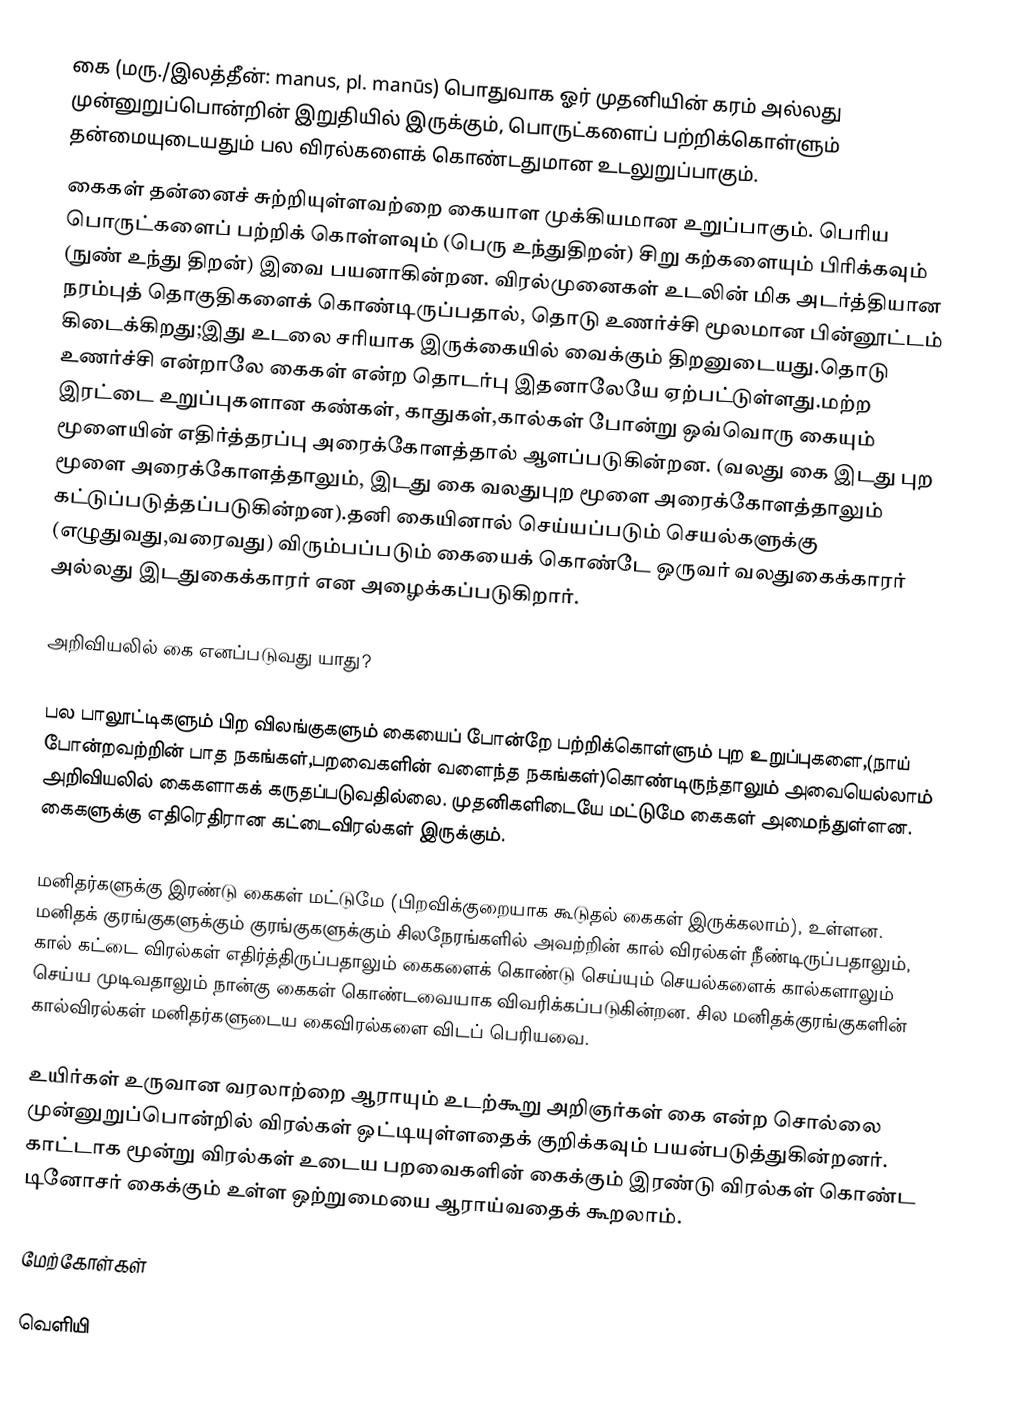
கை (மரு./இலத்தீன்: manus, pl. manūs) பொதுவாக ஓர் முதனியின் கரம் அல்லது முன்னுறுப்பொன்றின் இறுதியில் இருக்கும், பொருட்களைப் பற்றிக்கொள்ளும் தன்மையுடையதும் பல விரல்களைக் கொண்டதுமான உடலுறுப்பாகும்.
கைகள் தன்னைச் சுற்றியுள்ளவற்றை கையாள முக்கியமான உறுப்பாகும். பெரிய பொருட்களைப் பற்றிக் கொள்ளவும் (பெரு உந்துதிறன்) சிறு கற்களையும் பிரிக்கவும் (நுண் உந்து திறன்) இவை பயனாகின்றன. விரல்முனைகள் உடலின் மிக அடர்த்தியான நரம்புத் தொகுதிகளைக் கொண்டிருப்பதால், தொடு உணர்ச்சி மூலமான பின்னூட்டம் கிடைக்கிறது;இது உடலை சரியாக இருக்கையில் வைக்கும் திறனுடையது.தொடு உணர்ச்சி என்றாலே கைகள் என்ற தொடர்பு இதனாலேயே ஏற்பட்டுள்ளது.மற்ற இரட்டை உறுப்புகளான கண்கள், காதுகள்,கால்கள் போன்று ஒவ்வொரு கையும் மூளையின் எதிர்த்தரப்பு அரைக்கோளத்தால் ஆளப்படுகின்றன. (வலது கை இடது புற மூளை அரைக்கோளத்தாலும், இடது கை வலதுபுற மூளை அரைக்கோளத்தாலும் கட்டுப்படுத்தப்படுகின்றன).தனி கையினால் செய்யப்படும் செயல்களுக்கு (எழுதுவது,வரைவது) விரும்பப்படும் கையைக் கொண்டே ஒருவர் வலதுகைக்காரர் அல்லது இடதுகைக்காரர் என அழைக்கப்படுகிறார்.

அறிவியலில் கை எனப்படுவது யாது?

பல பாலூட்டிகளும் பிற விலங்குகளும் கையைப் போன்றே பற்றிக்கொள்ளும் புற உறுப்புகளை,(நாய் போன்றவற்றின் பாத நகங்கள்,பறவைகளின் வளைந்த நகங்கள்)கொண்டிருந்தாலும் அவையெல்லாம் அறிவியலில் கைகளாகக் கருதப்படுவதில்லை. முதனிகளிடையே மட்டுமே கைகள் அமைந்துள்ளன. கைகளுக்கு எதிரெதிரான கட்டைவிரல்கள் இருக்கும்.

மனிதர்களுக்கு இரண்டு கைகள் மட்டுமே (பிறவிக்குறையாக கூடுதல் கைகள் இருக்கலாம்), உள்ளன. மனிதக் குரங்குகளுக்கும் குரங்குகளுக்கும் சிலநேரங்களில் அவற்றின் கால் விரல்கள் நீண்டிருப்பதாலும், கால் கட்டை விரல்கள் எதிர்த்திருப்பதாலும் கைகளைக் கொண்டு செய்யும் செயல்களைக் கால்களாலும் செய்ய முடிவதாலும் நான்கு கைகள் கொண்டவையாக விவரிக்கப்படுகின்றன. சில மனிதக்குரங்குகளின் கால்விரல்கள் மனிதர்களுடைய கைவிரல்களை விடப் பெரியவை.

உயிர்கள் உருவான வரலாற்றை ஆராயும் உடற்கூறு அறிஞர்கள் கை என்ற சொல்லை முன்னுறுப்பொன்றில் விரல்கள் ஒட்டியுள்ளதைக் குறிக்கவும் பயன்படுத்துகின்றனர். காட்டாக மூன்று விரல்கள் உடைய பறவைகளின் கைக்கும்  இரண்டு விரல்கள் கொண்ட டினோசர் கைக்கும் உள்ள ஒற்றுமையை ஆராய்வதைக் கூறலாம்.

மேற்கோள்கள்

வெளியி